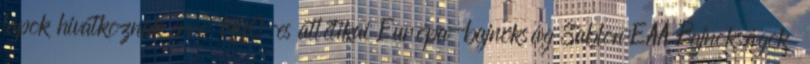
lapok hivatkoznak erre: 1990-es atlétikai Európa-bajnokság Sablon:EAA Bajnokságok ‎